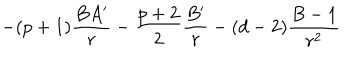
LaTeX: - ( p + 1 ) \frac { B A ^ { \prime } } { r } - \frac { p + 2 } { 2 } \frac { B ^ { \prime } } { r } - ( d - 2 ) \frac { B - 1 } { r ^ { 2 } }